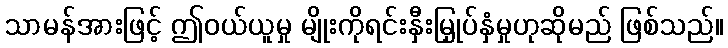
သာမန်အားဖြင့် ဤဝယ်ယူမှု မျိုးကိုရင်းနှီးမြှုပ်နှံမှုဟုဆိုမည် ဖြစ်သည်။